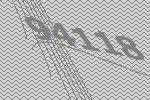
94118